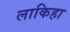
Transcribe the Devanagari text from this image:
लाकिहा